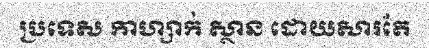
ប្រទេស កាហ្សាក់ ស្ថាន ដោយសារតែ